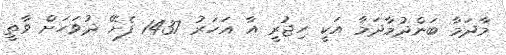
މާދަމާ ބަންދުމާދަމާ އަކީ ހިޖުރީ އާ އަހަރު 1437 ފެށޭ ދުވަހަށް ވާތީ